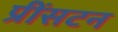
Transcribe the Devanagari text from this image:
प्रींसटन